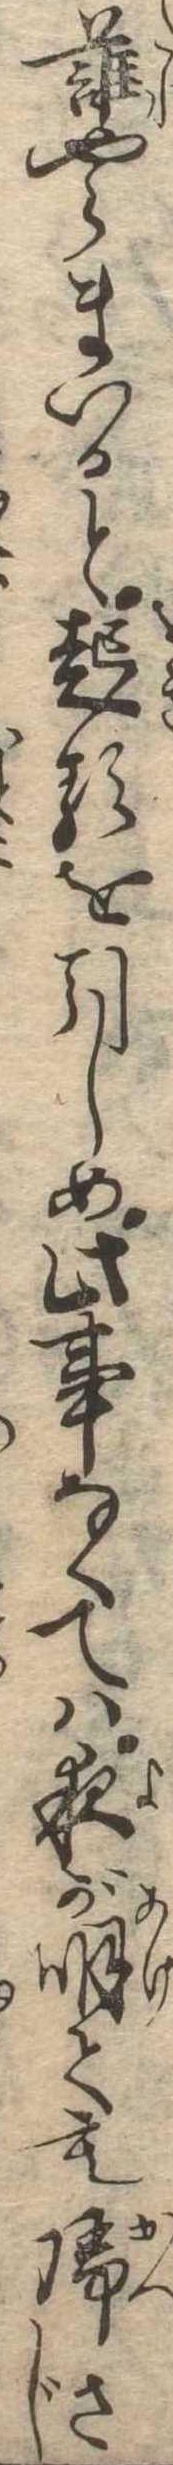
誰やらまいると起るを引しめ此事なくては夜が明ても帰さじ